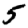
Digit: 5